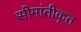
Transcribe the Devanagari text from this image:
सीमांतीकृत